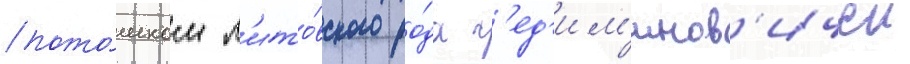
пото́мком л'ито́вского ро́да г'ед'им'инов'ичеи